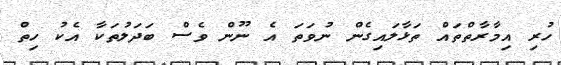
ހުރި އިމާރާތްތައް ތަޅާލައިގެން ނުވަތަ އެ ނޫން ވެސް ބަދަލުތަކާ އެކު ހިތް